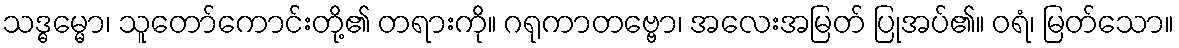
သဒ္ဓမ္မော၊ သူတော်ကောင်းတို့၏ တရားကို။ ဂရုကာတဗ္ဗော၊ အလေးအမြတ် ပြုအပ်၏။ ဝရံ၊ မြတ်သော။